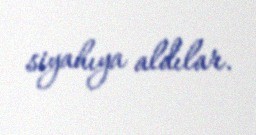
siyahıya aldılar.